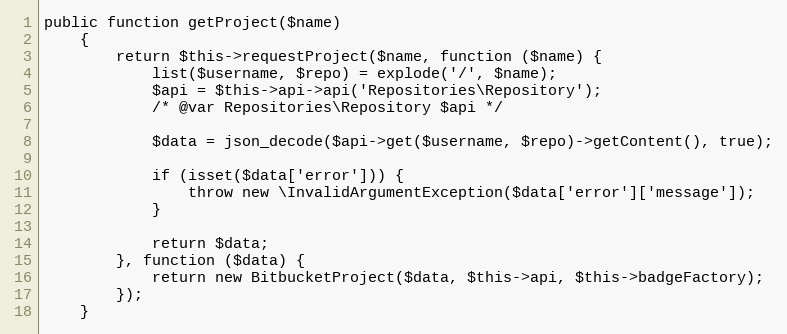
Language: PHP
public function getProject($name)
    {
        return $this->requestProject($name, function ($name) {
            list($username, $repo) = explode('/', $name);
            $api = $this->api->api('Repositories\Repository');
            /* @var Repositories\Repository $api */

            $data = json_decode($api->get($username, $repo)->getContent(), true);

            if (isset($data['error'])) {
                throw new \InvalidArgumentException($data['error']['message']);
            }

            return $data;
        }, function ($data) {
            return new BitbucketProject($data, $this->api, $this->badgeFactory);
        });
    }